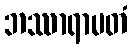
ဘဿာရာမတံ